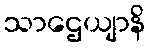
သာဌေယျာနိ